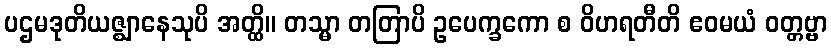
ပဌမဒုတိယဇ္ဈာနေသုပိ အတ္ထိ။ တသ္မာ တတြာပိ ဥပေက္ခကော စ ဝိဟရတီတိ ဧဝမယံ ဝတ္တဗ္ဗာ